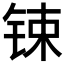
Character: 𨱈